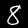
Digit: 8